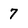
Character: 7